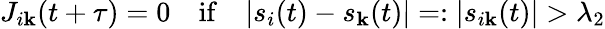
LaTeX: J_{i\mathbf{k}}(t+\tau)=0\quad\mathrm{{if}}\quad|s_{i}(t)-s_{\mathbf{k}}(t)|=:|s_{i\mathbf{k}}(t)|>\lambda_{2}